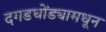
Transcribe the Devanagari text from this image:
दगडधोंड्यामधून